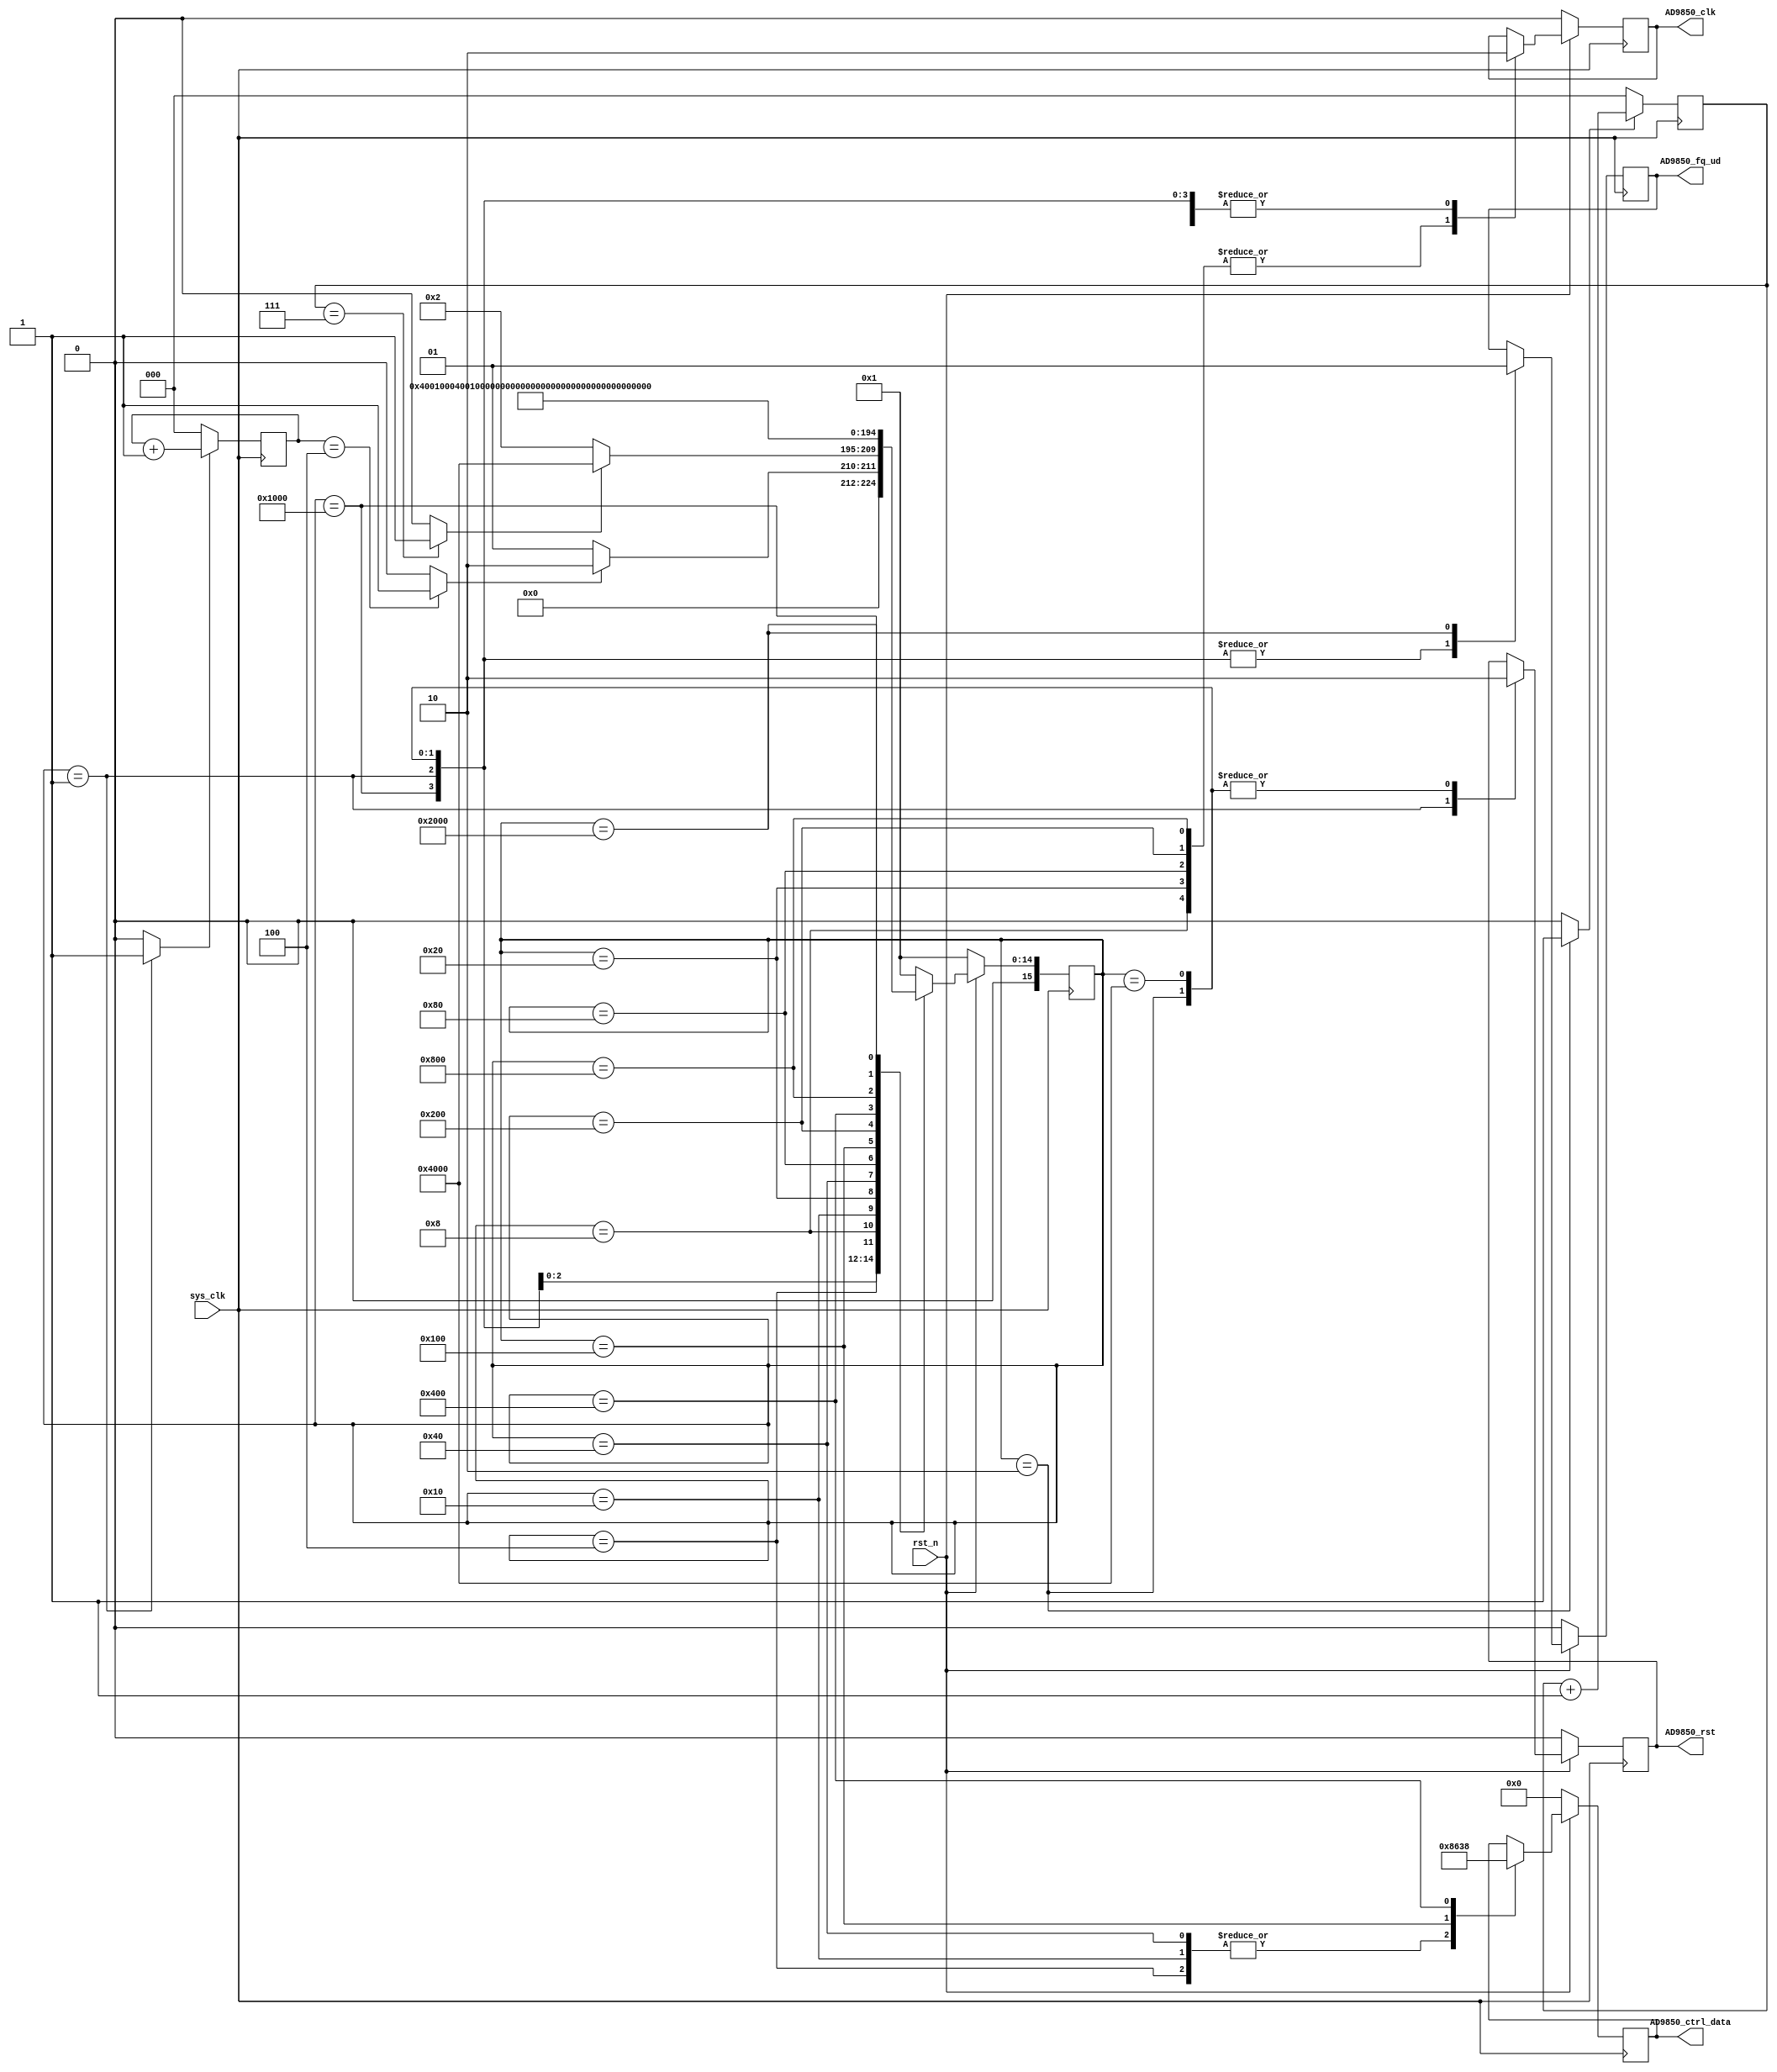
`timescale 1ns / 1ps
//////////////////////////////////////////////////////////////////////////////////
// Company: JLU
// 
// Design Name: 
// Module Name: AD9850
// Project Name: 
// Target Devices: 
// Tool Versions: 
// Description: 
// 
// Dependencies: 
// 
// Revision:
// Revision 0.01 - File Created
// Additional Comments:
// 
//////////////////////////////////////////////////////////////////////////////////


module AD9850(
    input sys_clk,
    input rst_n,
    //input update_ctrl_data,//,
    output AD9850_fq_ud,//AD9850load,5*8bit,
    output [7:0] AD9850_ctrl_data,//40bit,5load
    output AD9850_clk,//,8bit
    output AD9850_rst//
    //output AD9850_setdone //,DDS
    );

    wire update_ctrl_data;
    assign update_ctrl_data = 1;
    wire AD9850_setdone;
    



    /*
    **,,5clk,8clk,
    **11
    */
    parameter HIGH_CNT = 5;
    parameter LOW_CNT = 8;
    reg high_cnt_en;//,AD9850_INIT
    reg low_cnt_en;
    reg [2:0] rst_high_cnt;
    reg [2:0] rst_low_cnt;
    wire rst_high_done;//rst5
    wire rst_low_done;//8

    always@(posedge sys_clk) begin
        if(!high_cnt_en)begin
            rst_high_cnt <= 3'd0;
        end
        else begin
            rst_high_cnt <= rst_high_cnt + 3'd1;
        end
    end
    always@(posedge sys_clk) begin
        if(!low_cnt_en)begin
            rst_low_cnt <= 3'd0;
        end
        else begin
            rst_low_cnt <= rst_low_cnt + 3'd1;
        end
    end
    assign rst_high_done = (rst_high_cnt == HIGH_CNT - 1)? 1 : 0;
    assign rst_low_done = (rst_low_cnt == LOW_CNT - 1)? 1 : 0;


    reg [5:0] cnt_1us;
    parameter CNT1US = 50;//50*0.02us = 1us

    always@(posedge sys_clk) begin
        if(!rst_n)begin
            cnt_1us <= 0;
        end
        else if(cnt_1us == CNT1US - 1) begin
            cnt_1us <= 0;
        end
        else begin
            cnt_1us <= cnt_1us + 1;
        end
    end




    /*
    **,,
    */
    parameter IDLE = 15'b100_0000_0000_0000;
    parameter AD9850_INIT = 15'b000_0000_0000_0001;
    parameter AD9850_INIT_DONE = 15'b000_0000_0000_0010;
    parameter AD9850_W0 = 15'b000_0000_0000_0100;
    parameter AD9850_W0_WAIT = 15'b000_0000_0000_1000;
    parameter AD9850_W1 = 15'b000_0000_0001_0000;
    parameter AD9850_W1_WAIT = 15'b000_0000_0010_0000;
    parameter AD9850_W2 = 15'b000_0000_0100_0000;
    parameter AD9850_W2_WAIT = 15'b000_0000_1000_0000;
    parameter AD9850_W3 = 15'b000_0001_0000_0000;
    parameter AD9850_W3_WAIT = 15'b000_0010_0000_0000;
    parameter AD9850_W4 = 15'b000_0100_0000_0000;
    parameter AD9850_W4_WAIT = 15'b000_1000_0000_0000;
    parameter AD9850_LOAD = 15'b001_0000_0000_0000;
    parameter AD9850_LOAD_DONE = 15'b010_0000_0000_0000;

    
    reg [15:0] current_state;
    reg [15:0] next_state;
    reg fq_ud_reg;
    reg w_clk_reg;
    reg rst_reg;
    reg [7:0] ctrl_data_reg;
    reg set_ctrl_data_done;//
    reg [4:0] pahse_ctrl_data = 5'b0_0000;
    reg [31:0] freq_ctrl_data = 32'b1000_0110_0011_1000; //1KHz(1000/0.0291)

    assign AD9850_clk = w_clk_reg;
    assign AD9850_fq_ud = fq_ud_reg;
    assign AD9850_rst = rst_reg; 
    assign AD9850_ctrl_data = ctrl_data_reg;
    assign AD9850_setdone = set_ctrl_data_done;

    always@(posedge sys_clk) begin
        if(!rst_n)begin
            current_state <= AD9850_INIT;
        end
        else begin
            current_state <= next_state;
        end
    end

    always@(*) begin
        high_cnt_en = 0;
        low_cnt_en = 0;
        case(current_state)
            AD9850_INIT:begin
                high_cnt_en = 1;//rst5clk
                if(rst_high_done) begin
                    next_state = AD9850_INIT_DONE;
                end
                else begin
                    next_state = AD9850_INIT;
                end
            end
            AD9850_INIT_DONE:begin
                low_cnt_en = 1;//rst8clk
                if(rst_low_done) begin
                    next_state = IDLE;
                end
                else begin
                    next_state = AD9850_INIT_DONE;
                end
            end
            IDLE: begin
                if(update_ctrl_data) begin//
                    next_state = AD9850_W0;
                end
                else begin
                    next_state = IDLE;
                end
            end
            AD9850_W0: next_state = AD9850_W0_WAIT;
            AD9850_W0_WAIT: next_state = AD9850_W1;
            AD9850_W1: next_state = AD9850_W1_WAIT;
            AD9850_W1_WAIT: next_state = AD9850_W2;
            AD9850_W2: next_state = AD9850_W2_WAIT;
            AD9850_W2_WAIT: next_state = AD9850_W3;
            AD9850_W3: next_state = AD9850_W3_WAIT;
            AD9850_W3_WAIT: next_state = AD9850_W4;
            AD9850_W4: next_state = AD9850_W4_WAIT;
            AD9850_W4_WAIT: next_state = AD9850_LOAD;
            AD9850_LOAD: next_state = AD9850_LOAD_DONE;
            AD9850_LOAD_DONE: next_state = IDLE;
            default: next_state = AD9850_INIT;
        endcase   
    end


    always @(posedge sys_clk) begin
        if(!rst_n) begin
            fq_ud_reg <= 0;
            w_clk_reg <= 0;
            rst_reg <= 0;
            ctrl_data_reg <= 0;
        end
        else begin
            case(current_state)
                AD9850_INIT:begin //rst5clk
                    fq_ud_reg <= 0;
                    w_clk_reg <= 0;
                    rst_reg <= 1;
                    set_ctrl_data_done <= 0;
                end
                AD9850_INIT_DONE:begin //rst8clk
                    fq_ud_reg <= 0;
                    w_clk_reg <= 0;
                    rst_reg <= 0;
                    set_ctrl_data_done <= 0;
                end
                IDLE: begin
                    fq_ud_reg <= 0;
                    w_clk_reg <= 0;
                    rst_reg <= 0;
                    set_ctrl_data_done <= 0;
                end
                AD9850_W0: begin
                    w_clk_reg <= 0;
                    ctrl_data_reg <= {pahse_ctrl_data,3'b000};//[7:3],[2:2],[1:0]
                end
                AD9850_W0_WAIT: w_clk_reg <= 1;//
                AD9850_W1: begin
                    w_clk_reg <= 0;
                    ctrl_data_reg <= freq_ctrl_data[31:24];
                end
                AD9850_W1_WAIT: w_clk_reg <= 1;//
                AD9850_W2: begin
                    w_clk_reg <= 0;
                    ctrl_data_reg <= freq_ctrl_data[23:16];
                end
                AD9850_W2_WAIT: w_clk_reg <= 1;//
                AD9850_W3: begin
                    w_clk_reg <= 0;
                    ctrl_data_reg <= freq_ctrl_data[15:8];
                end
                AD9850_W3_WAIT: w_clk_reg <= 1;//
                AD9850_W4: begin
                    w_clk_reg <= 0;
                    ctrl_data_reg <= freq_ctrl_data[7:0];
                end
                AD9850_W4_WAIT: w_clk_reg <= 1;//
                AD9850_LOAD: begin
                    w_clk_reg <= 0;
                    fq_ud_reg <= 0;//Tfd,w_clk7ns
                end
                AD9850_LOAD_DONE: begin
                    fq_ud_reg <= 1;//540bit
                    set_ctrl_data_done <= 1;
                end
                default:;
            endcase
        end
    end





endmodule